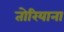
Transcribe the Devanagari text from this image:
तोरियाना